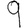
Digit: 9